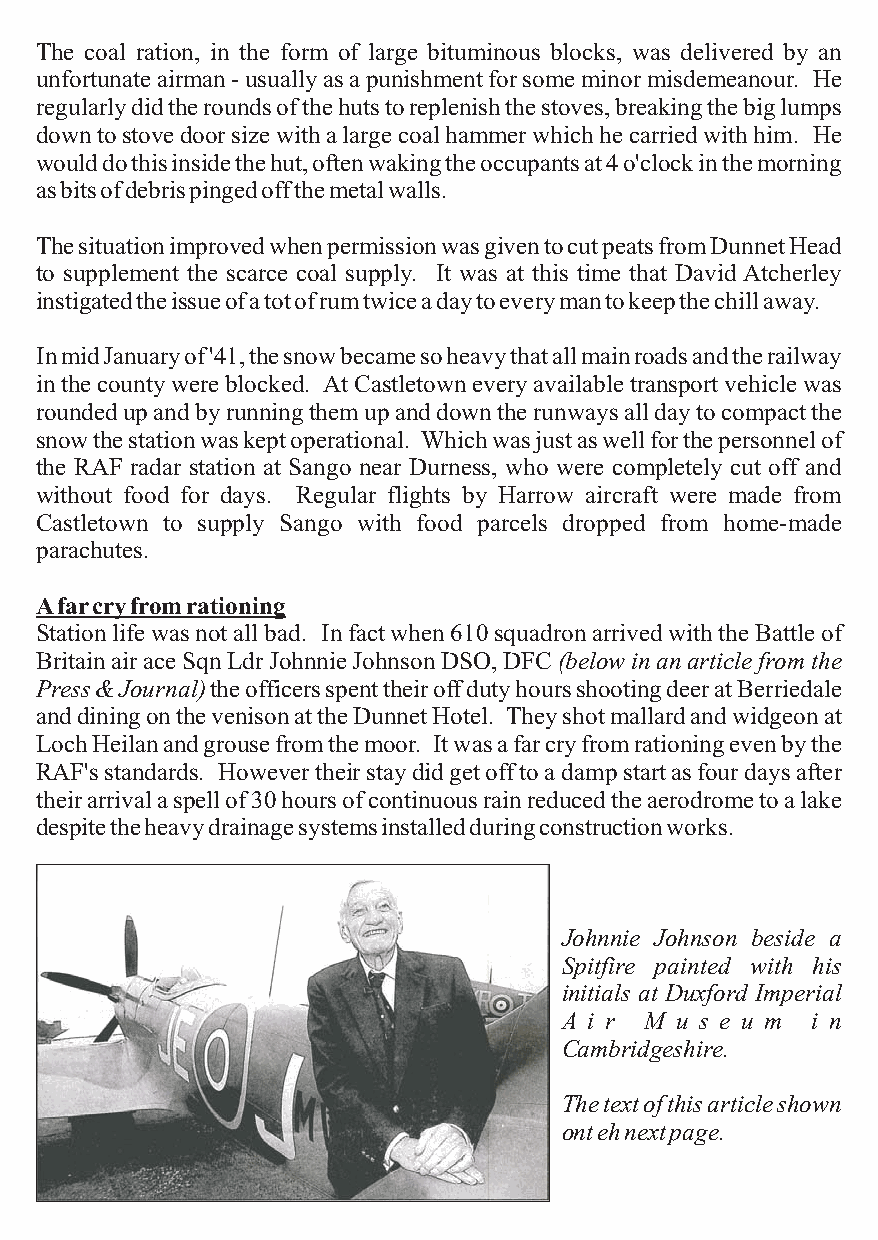
The coal ration, in the form of large bituminous blocks, was delivered by an
 unfortunateairman-usuallyasapunishmentforsomeminormisdemeanour. He
 regularlydidtheroundsofthehutstoreplenishthestoves,breakingthebiglumps
 downtostovedoorsizewithalargecoalhammerwhichhecarriedwithhim. He
 woulddothisinsidethehut,oftenwakingtheoccupantsat4o'clockinthemorning
 asbitsofdebrispingedoffthemetalwalls.
 ThesituationimprovedwhenpermissionwasgiventocutpeatsfromDunnetHead
 to supplement the scarce coal supply. It was at this time that David Atcherley
 instigatedtheissueofatotofrumtwiceadaytoeverymantokeepthechillaway.
 InmidJanuaryof'41,thesnowbecamesoheavythatallmainroadsandtherailway
 inthecountywereblocked. AtCastletowneveryavailabletransportvehiclewas
 roundedupandbyrunningthemupanddowntherunwaysalldaytocompactthe
 snowthestationwaskeptoperational. Whichwasjustaswellforthepersonnelof
 the RAF radar station at Sango near Durness, who were completely cut off and
 without food for days. Regular flights by Harrow aircraft were made from
 Castletown to supply Sango with food parcels dropped from home-made
 parachutes.
 Afarcryfromrationing
 Stationlifewasnotallbad. Infactwhen610squadronarrivedwiththeBattleof
 BritainairaceSqnLdrJohnnieJohnsonDSO,DFC(belowinanarticlefromthe
 Press&Journal)theofficersspenttheiroffdutyhoursshootingdeeratBerriedale
 anddiningonthevenisonattheDunnetHotel. Theyshotmallardandwidgeonat
 LochHeilanandgrousefromthemoor. Itwasafarcryfromrationingevenbythe
 RAF'sstandards. Howevertheirstaydidgetofftoadampstartasfourdaysafter
 theirarrivalaspellof30hoursofcontinuousrainreducedtheaerodrometoalake
 despitetheheavydrainagesystemsinstalledduringconstructionworks.
 Johnnie Johnson beside a
 Spitfire painted with his
 initials at Duxford Imperial
 A i r M u s e u m i n
 Cambridgeshire.
 Thetextofthisarticleshown
 ontehnextpage.